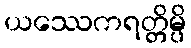
ယဿေကရတ္တိမ္ပိ